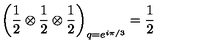
\left( \frac { 1 } { 2 } \otimes \frac { 1 } { 2 } \otimes \frac { 1 } { 2 } \right) _ { q = e ^ { i \pi / 3 } } = \frac { 1 } { 2 }